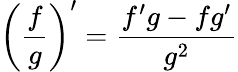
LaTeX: \left({\frac{f}{g}}\right)^{\prime}={\frac{f^{\prime}g-fg^{\prime}}{g^{2}}}